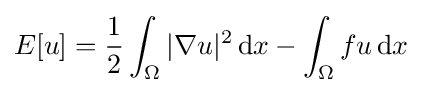
E[u]={\frac {1}{2}}\int _{\Omega }|\nabla u|^{2}\,\mathrm {d} x-\int _{\Omega }fu\,\mathrm {d} x